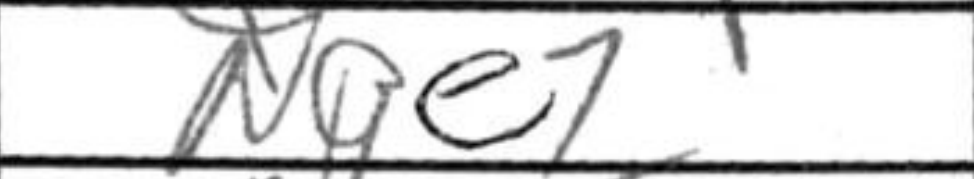
Transcription: Nge7